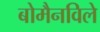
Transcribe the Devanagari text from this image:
बोमैनविले